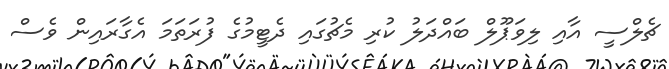
ޗެލްސީ އާއި ލިވަޕޫލް ބައްދަލު ކުރި މެޗުގައި ދެޓީމުގެ ފުރަތަމަ އެގާރައިން ވެސް